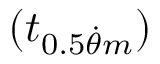
( t _ { 0 . 5 \dot { \theta } m } )